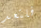
فلتعد